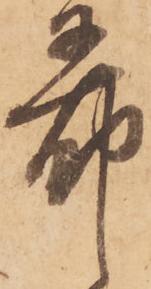
希